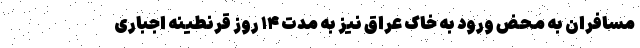
مسافران به محض ورود به خاک عراق نیز به مدت ۱۴ روز قرنطینه اجباری